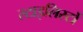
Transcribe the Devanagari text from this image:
स्टाइलिस्टों